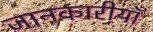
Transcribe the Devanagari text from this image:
जानकारीयाँ